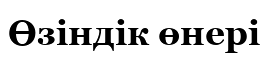
Өзіндік өнері